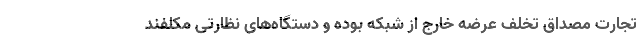
تجارت مصداق تخلف عرضه خارج از شبکه بوده و دستگاه‌های نظارتی مکلفند